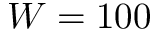
W = 1 0 0